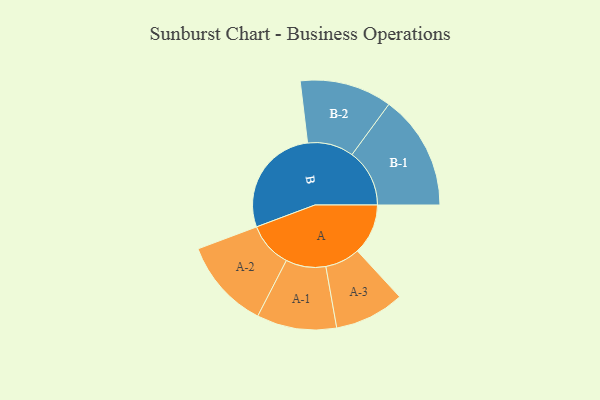
{"axis": {"x": "Segment", "y": "Value"}, "legend": ["", "A", "B"], "data": [{"x": "A", "y": 213, "type": ""}, {"x": "B", "y": 467, "type": ""}, {"x": "A-1", "y": 168, "type": "A"}, {"x": "A-2", "y": 190, "type": "A"}, {"x": "A-3", "y": 147, "type": "A"}, {"x": "B-1", "y": 242, "type": "B"}, {"x": "B-2", "y": 194, "type": "B"}]}